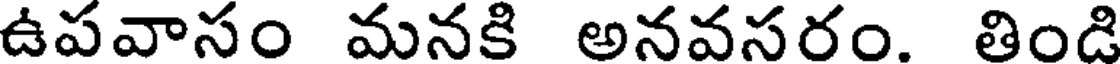
ఉపవాసం మనకి అనవసరం. తిండి